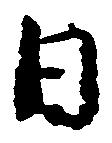
日